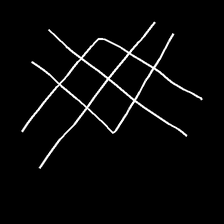
Glyph: crystal